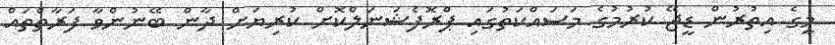
މީގެ އިތުރުން ޑީޖޭ ކުރުމުގެ މަސައްކަތުގައި ޕްރޮފެޝަނަލްކޮށް ކުރިޔަށް ދާން ބޭނުންވާ ފަރާތްތައް